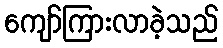
ကျော်ကြားလာခဲ့သည်